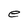
Character: e